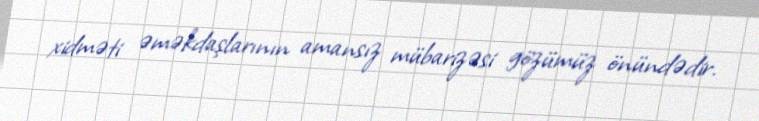
xidməti əməkdaşlarının amansız mübarizəsi gözümüz önündədir.